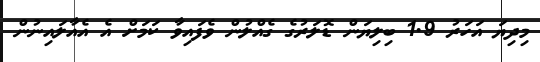
މިދިޔަ އަހަރު 1.9 ބިލިޔަން ޑޮލަރުގެ ގެއްލުން ވެފައިވާ ކަމަށް އެ އެއާލައިނުން